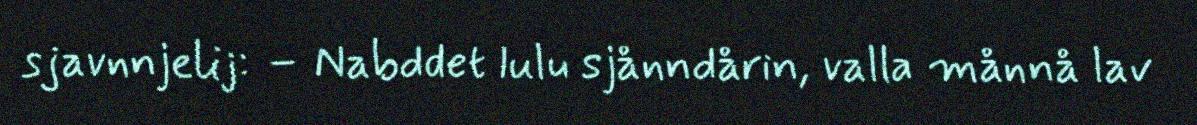
sjavnnjelij: – Nabddet lulu sjånndårin, valla månnå lav